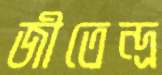
জীতেন্দ্র